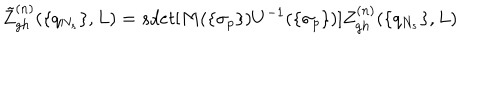
LaTeX: \tilde { Z } _ { g h } ^ { ( n ) } ( \{ q _ { N _ { s } } \} , L ) = s d e t [ M ( \{ \sigma _ { p } \} ) U ^ { - 1 } ( \{ \sigma _ { p } \} ) ] Z _ { g h } ^ { ( n ) } ( \{ q _ { N _ { s } } \} , L )